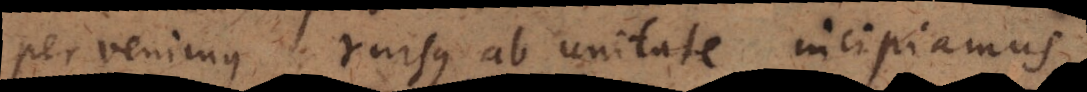
pervenimus, rursus ab unitate incipiamus,